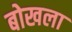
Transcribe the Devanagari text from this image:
बोखला